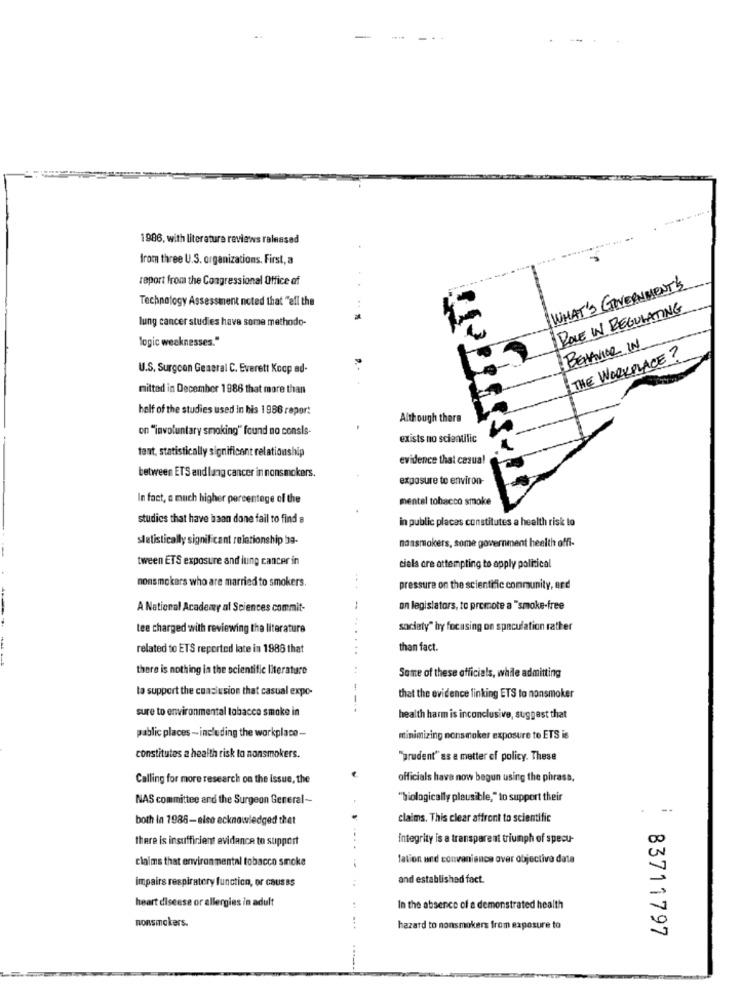
1986, with literature reviews raleased
from three U.S. organizations. First, a
report from the Congressional Office of
WHAT'S GOVERNMENT'S
Technology Assessment noted that "all the
I ROLE IN REGULATING
lung cancer studies have some methodo-
logic weaknesses."
BEHAVIOR IN
THE WORKPLACE?
U.S. Surgeon General C. Everett Koop ad-
mitted in December 1988 that more than
half of the studies used in his 1986 report
Although there
on "involuntary smoking" found no consls-
exists no scientific
tant, statistically significant relationship
evidence that casual
between ETS and lang cancer in nonsmokers.
exposure to environ-
In fact, a much higher percentage of the
mental tobacco smoke
studies that have haan done fail to find a
in public places constitutes a health risk to
sletistically significant relationship ba-
nassmokers, some government health offi-
-
tween ETS exposure and lung cancer in
ciels are attempting to apply political
nonsmokers who are married to smokers.
pressure on the scientific community, and
A National Academy of Sciences commit-
on legislators, to promote a "smoke-free
tee charged with reviewing the literature
society" by focusing on speculation rather
...
related to ETS reported late in 1986 that
than fact.
there is nothing in the scientific literature
Some of these officials, while admitting
to support the cuasiusion that casual expo-
that the evidence linking ETS to nonsmoker
sure to environmental tobacco smoke in
health harm is inconclusive, suggest that
pablic places - including the workplace-
minimizing nonsmoker exposure to ETS is
constitutes a health risk to nonsmokers.
"prudent" as a matter of policy. These
Calling for more research on the issue, the
officials have now begun using the phrase.
NAS committee and the Surgeon General --
"biologically plausible," to support their
--
both in 1988-else ecknowledged thet
claims. This clear affront to scientific
there is insufficient evidance to support
integrity is a transparent triumph of specu-
claims that environmental tobacco smoke
lation and convenience over objectiva data
impairs respiratory function, or causas
and established fact.
heart disease or allergies in adult
In the absence of e demonstrated health
nonsmokers.
hazard to nonsmokers from exposure to
83711797